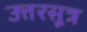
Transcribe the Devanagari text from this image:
उत्तरसूत्र